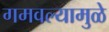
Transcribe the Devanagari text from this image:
गमवल्यामुळे